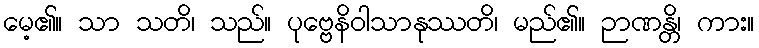
မေ့၏။ သာ သတိ၊ သည်။ ပုဗ္ဗေနိဝါသာနုဿတိ၊ မည်၏။ ဉာဏန္တိ၊ ကား။